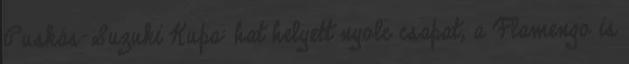
Puskás-Suzuki Kupa: hat helyett nyolc csapat, a Flamengo is